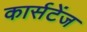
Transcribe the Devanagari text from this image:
कार्सटेंज